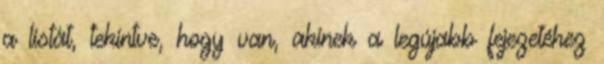
a listát, tekintve, hogy van, akinek a legújabb fejezetéhez